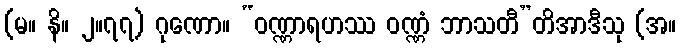
(မ။ နိ။ ၂။၇၇) ဂုဏော။ “ဝဏ္ဏာရဟဿ ဝဏ္ဏံ ဘာသတီ”တိအာဒီသု (အ။